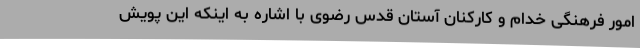
امور فرهنگی خدام و کارکنان آستان قدس رضوی با اشاره به اینکه این پویش